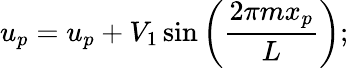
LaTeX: u_{p}=u_{p}+V_{1}\sin\left(\frac{2\pi mx_{p}}{L}\right);